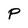
Character: P